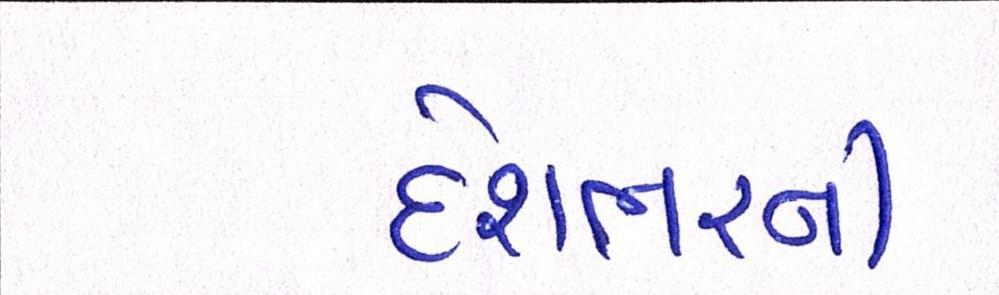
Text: દેશભરની